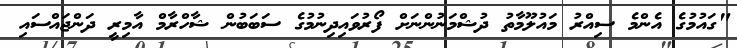
"ގައުމުގެ އެންމެ ސިއްރު މައުލޫމާތު ދުޝްމަނުންނަށް ފޯރުވައިދިނުމުގެ ސަބަބުން ޝާހްރާމް އާމިރީ ދަންޖައްސައި